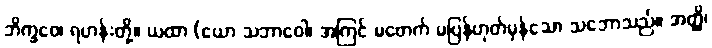
ဘိက္ခဝေ၊ ရဟန်းတို့။ ယထာ (ယော သဘာဝေါ၊ အကြင် မဖောက် မပြန်ဟုတ်မှန်သော သဘောသည်။ အတ္ထိ၊